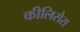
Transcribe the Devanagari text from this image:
कीलिसैरा